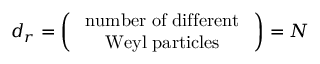
d _ { r } = \left( \begin{array} { c } { { \mathrm { { \small ~ n u m b e r ~ o f ~ d i f f e r e n t } ~ } } } \\ { { \mathrm { { \small ~ W e y l ~ p a r t i c l e s } ~ } } } \end{array} \right) = N